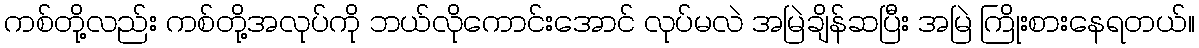
ကစ်တို့လည်း ကစ်တို့အလုပ်ကို ဘယ်လိုကောင်းအောင် လုပ်မလဲ အမြဲချိန်ဆပြီး အမြဲ ကြိုးစားနေရတယ်။